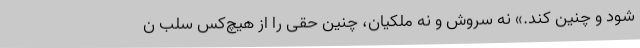
شود و چنین کند.» نه سروش و نه ملکیان، چنین حقی را از هیچ‌کس سلب ن